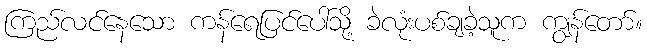
ကြည်လင်နေသော ကန်ရေပြင်ပေါ်သို့ ခဲလုံးပစ်ချခဲ့သူက ကျွန်တော်။